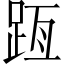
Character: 𨀿